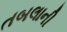
તબલાની